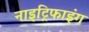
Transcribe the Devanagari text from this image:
नाइट्रिफाइंग